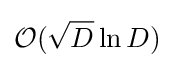
{\mathcal {O}}({\sqrt {D}}\ln {D})